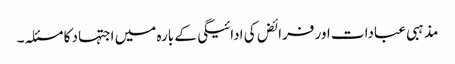
مذہبی عبادات اور فرائض کی ادائیگی کے بارہ میں اجتہاد کا مسئلہ۔